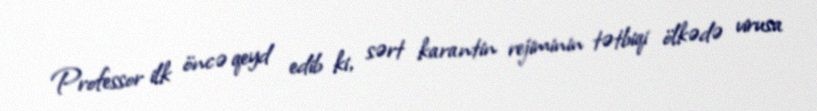
Professor ilk öncə qeyd edib ki, sərt karantin rejiminin tətbiqi ölkədə virusa